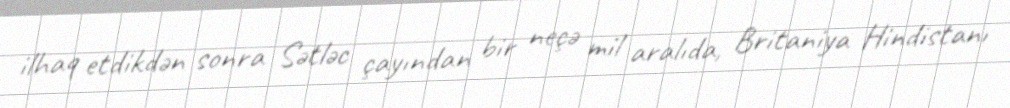
ilhaq etdikdən sonra Sətləc çayından bir neçə mil aralıda, Britaniya Hindistanı